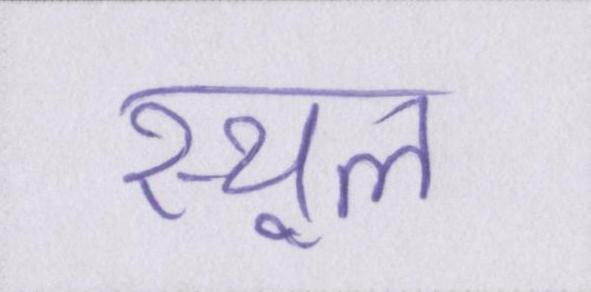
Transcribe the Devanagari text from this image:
स्थूल